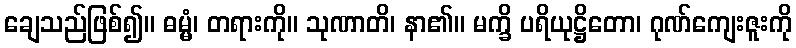
ချေသည်ဖြစ်၍။ ဓမ္မံ၊ တရားကို။ သုဏာတိ၊ နာ၏။ မက္ခိ ပရိယုဋ္ဌိတော၊ ဂုဏ်ကျေးဇူးကို